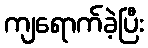
ကျရောက်ခဲ့ပြီး